Civil Veterinary Dept. Bombay admin report 1893-99 - 1893-1899
Year: 1893
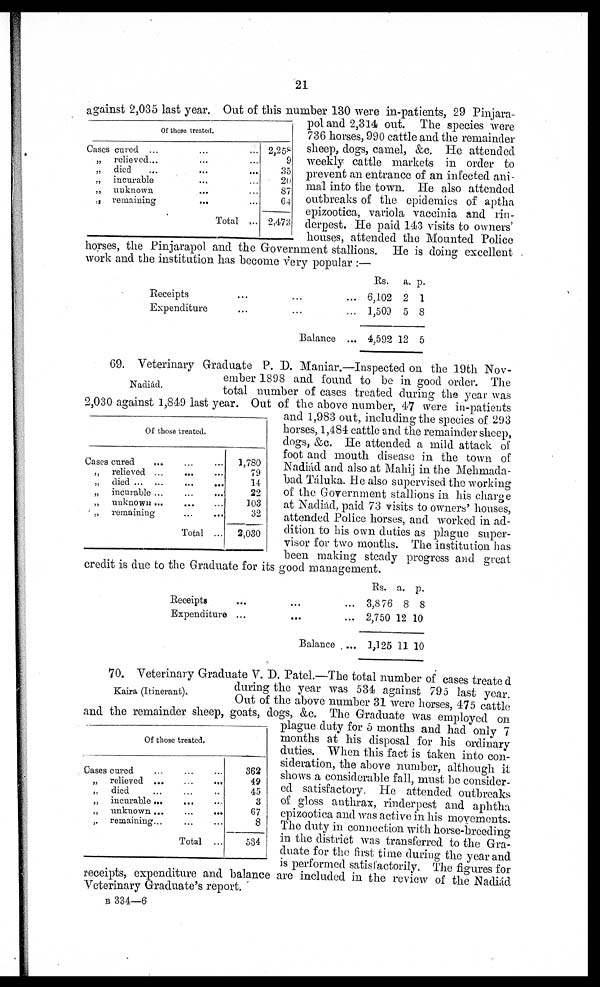
21
Of those treated.
Cases cured ... ... ...
„ relieved... ... ...
„ died ... ... ...
„ incurable ... ...
„ unknown ... ...
„ remaining
...
...
Total ...
2,258
9
35
20
87
64
2,473
against 2,035 last year. Out of this number 130 were in-patients, 29 Pinjara-
pol and 2,314 out. The species were
736 horses, 990 cattle and the remainder
sheep, dogs, camel, &c. He attended
weekly cattle markets in order to
prevent an entrance of an infected ani-
mal into the town. He also attended
outbreaks of the epidemics of aptha
epizootica, variola vaccinia and rin-
derpest. He paid 143 visits to owners'
houses, attended the Mounted Police
horses, the Pinjarapol and the Government stallions. He is doing excellent
work and the institution has become very popular :—
Receipts
...
...
...
Expenditure ... ... ...
Balance ...
Rs.
6,102
1,509
4,592
a.
2
5
12
p.
1
8
5
Nadiád.
Of those treated.
Cases cured ... ... ...
„ relieved
...
...
...
„ died
...
...
...
...
„ incurable ... ... ...
„ unknown ... ... ...
„ remaining ... ...
Total ...
1,780
79
14
22
103
32
2,030
69. Veterinary Graduate P. D. Maniar.—Inspected on the 19th Nov-
ember 1898 and found to be in good order. The
total number of cases treated during the year was
2,030 against 1,849 last year. Out of the above number, 47 were in-patients
and 1,983 out, including the species of 293
horses, 1,484 cattle and the remainder sheep,
dogs, &c. He attended a mild attack of
foot and mouth disease in the town of
Nadiád and also at Mahij in the Mehmada-
bad Táluka. He also supervised the working
of the Government stallions in his charge
at Nadiád, paid 73 visits to owners' houses,
attended Police horses, and worked in ad-
dition to his own duties as plague super-
visor for two months. The institution has
been making steady progress and great
credit is due to the Graduate for its good management.
Receipts
...
...
...
Expenditure ...
... ...
Balance ...
Rs.
3,8 76
2,750
1,125
a.
8
12
11
p.
8
10
10
Kaira (Itinerant),
70. Veterinary Graduate V. D. Patel.—The total number of cases treated
during the year was 534 against 795 last year.
Out of the above number 31 were horses, 475 cattle
and the remainder sheep, goats, dogs, &c. The Graduate was employed on
plague duty for 5 months and had only 7
months at his disposal for his ordinary
duties. When this fact is taken into con-
sideration, the above number, although it
shows a considerable fall, must be consider-
ed satisfactory. He attended outbreaks
of gloss anthrax, rinderpest and aphtha
epizootica and was active in his movements.
The duty in connection with horse-breeding
in the district was transferred to the Gra-
duate for the first time during the year and
is performed satisfactorily. The figures for
receipts, expenditure and balance are included in the review of the Nadiád
Veterinary Graduate's report.
Of those treated.
Cases cured ... ... ...
„ relieved
...
...
...
„ died ... ... ...
„ incurable ... ... ...
„ unknown
...
...
...
„ remaining ... ... ...
Total ...
362
49
45
3
67
8
534
B 334—6